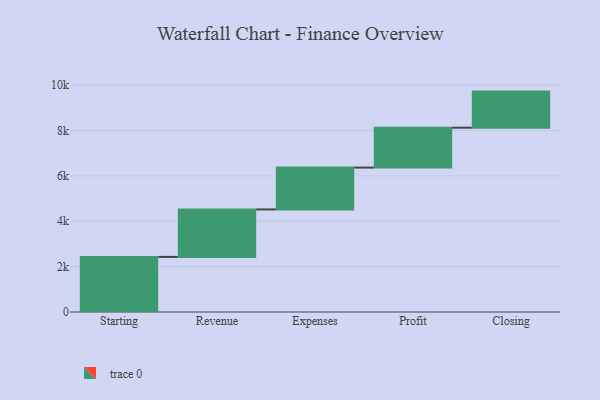
{"axis": {"x": "Step", "y": "Value"}, "legend": [""], "data": [{"x": "Starting", "y": 2429.0, "type": ""}, {"x": "Revenue", "y": 2092.0, "type": ""}, {"x": "Expenses", "y": 1845.0, "type": ""}, {"x": "Profit", "y": 1759.0, "type": ""}, {"x": "Closing", "y": 1591.0, "type": ""}]}